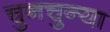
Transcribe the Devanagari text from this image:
चुनचुन्या